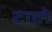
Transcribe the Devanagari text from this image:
टातो